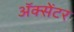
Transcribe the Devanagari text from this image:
ॲक्सेंटर